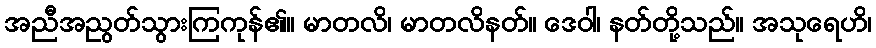
အညီအညွတ်သွားကြကုန်၏။ မာတလိ၊ မာတလိနတ်။ ဒေဝါ၊ နတ်တို့သည်။ အသုရေဟိ၊